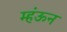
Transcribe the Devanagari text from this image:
म्हंऊन